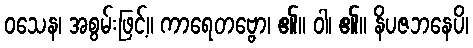
ဝသေန၊ အစွမ်းဖြင့်။ ကာရေတဗ္ဗော၊ ၏။ ဝါ၊ ၏။ နိပဇဘနေပိ၊